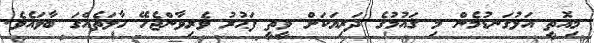
މިއޮތީ އަޅުގަނޑުމެން މި ޤައުމުގެ ދަރިޔަކަށް ވީތީ ފަޙުރު ވެރިވާންޖެހޭ ހާލަތެއްގަ ބާވައެވެ.